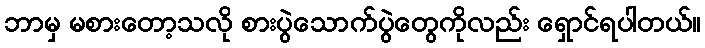
ဘာမှ မစားတော့သလို စားပွဲသောက်ပွဲတွေကိုလည်း ရှောင်ရပါတယ်။